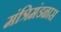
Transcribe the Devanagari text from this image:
मंत्रिमंडळास